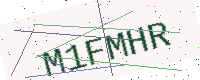
Text: M1FMHR